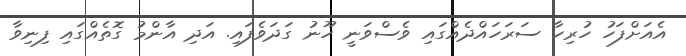
އެއަށްފަހު ހުރިހާ ސަރަހައްދެއްގައި ވެސްވަނީ ހޫނު ގަދަވެފައި. އަދި އާންމު ގޮތެއްގައި ފިނިވާ